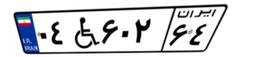
۰۴W۶۰۲۶۴